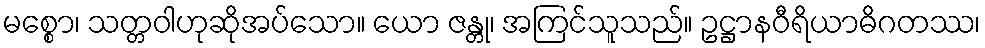
မစ္စော၊ သတ္တဝါဟုဆိုအပ်သော။ ယော ဇန္တု၊ အကြင်သူသည်။ ဥဋ္ဌာနဝီရိယာဓိဂတဿ၊